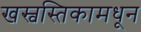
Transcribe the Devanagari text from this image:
खस्वस्तिकामधून